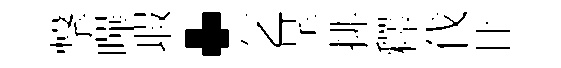
撃嗶瑕·乞呈排釋伐廿